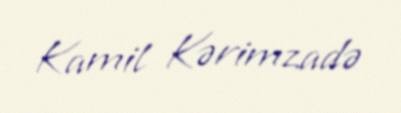
Kamil Kərimzadə